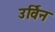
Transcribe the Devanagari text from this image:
उर्विन